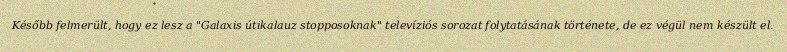
Később felmerült, hogy ez lesz a "Galaxis útikalauz stopposoknak" televíziós sorozat folytatásának története, de ez végül nem készült el.